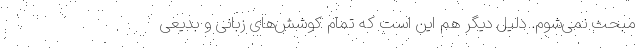
مبحث نمی‌شوم. دلیل دیگر هم این است که تمام کوشش‌های زبانی و بدیعی